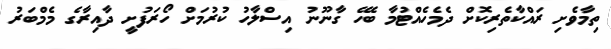
ތިމާވެށި ރައްކާތެރިކޮށް ދެމެހެއްޓުމާ ބެހޭ ގާނޫނު އިސްލާހު ކުރުމަށް ހޯރަފުށީ ދާއިރާގެ މެމްބަރު